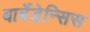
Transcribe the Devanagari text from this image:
बार्बेडेन्सिस